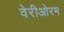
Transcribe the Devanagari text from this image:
वेरीओरम